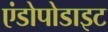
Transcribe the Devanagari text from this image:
एंडोपोडाइट